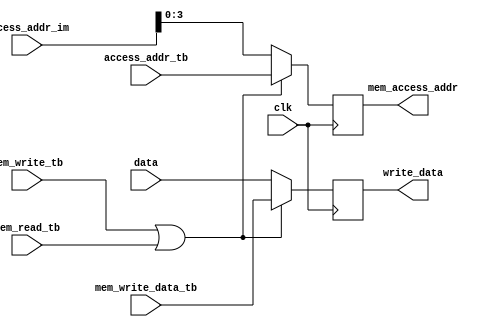
module DTU(
    input clk, mem_write_tb, mem_read_tb,
    input[7:0] data, mem_write_data_tb,
    input[7:0] access_addr_im, 
    input[3:0] access_addr_tb,
    output reg[7:0] write_data,// read_data
    output reg[3:0] mem_access_addr
);

always @(posedge clk) 
begin
    if(mem_write_tb || mem_read_tb) begin
        mem_access_addr <= access_addr_tb;
        write_data <= mem_write_data_tb;
    end
    else begin
        mem_access_addr <= access_addr_im[3:0];
        write_data <= data;
    end
    // $display("%b %b %b",mem_write_tb,mem_access_addr , write_data);
end

endmodule